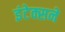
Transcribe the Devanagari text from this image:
इंटेक्सने